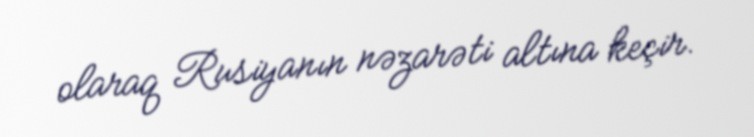
olaraq Rusiyanın nəzarəti altına keçir.